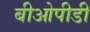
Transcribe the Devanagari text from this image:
बीओपीडी